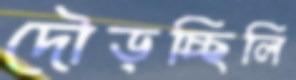
দৌড়চ্ছিলি